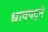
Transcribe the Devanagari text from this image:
धावपटूने